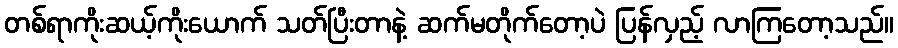
တစ်ရာကိုးဆယ့်ကိုးယောက် သတ်ပြီးတာနဲ့ ဆက်မတိုက်တော့ပဲ ပြန်လှည့် လာကြတော့သည်။